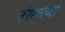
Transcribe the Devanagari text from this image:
जंगल्याच्या